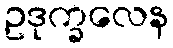
ဥဒုက္ခလေန